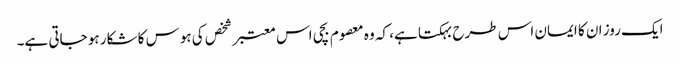
ایک روز ان کا ایمان اس طرح بہکتا ہے، کہ وہ معصوم بچی اس معتبر شخص کی ہوس کا شکار ہو جاتی ہے۔